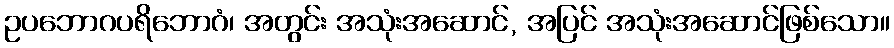
ဥပဘောဂပရိဘောဂံ၊ အတွင်း အသုံးအဆောင်, အပြင် အသုံးအဆောင်ဖြစ်သော။